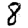
Digit: 8